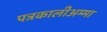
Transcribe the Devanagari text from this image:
पत्रकालीअम्मा